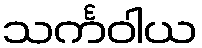
သင်္ကဝါယ